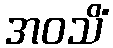
အဝသိံ